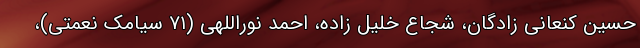
حسین کنعانی زادگان، شجاع خلیل زاده، احمد نوراللهی (۷۱ سیامک نعمتی)،